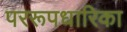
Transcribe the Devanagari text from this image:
पररूपधारिका